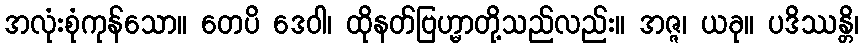
အလုံးစုံကုန်သော။ တေပိ ဒေဝါ၊ ထိုနတ်ဗြဟ္မာတို့သည်လည်း။ အဇ္ဇ၊ ယခု။ ပဒိဿန္တိ၊